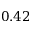
0 . 4 2